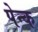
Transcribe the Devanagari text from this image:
पेन्क